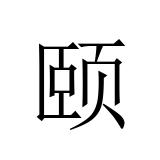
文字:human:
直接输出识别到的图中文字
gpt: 颐